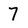
Character: 7